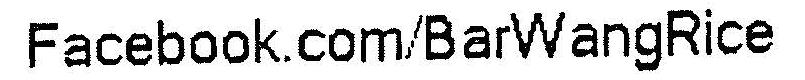
FACEBOOK.COM/BARWANGRICE